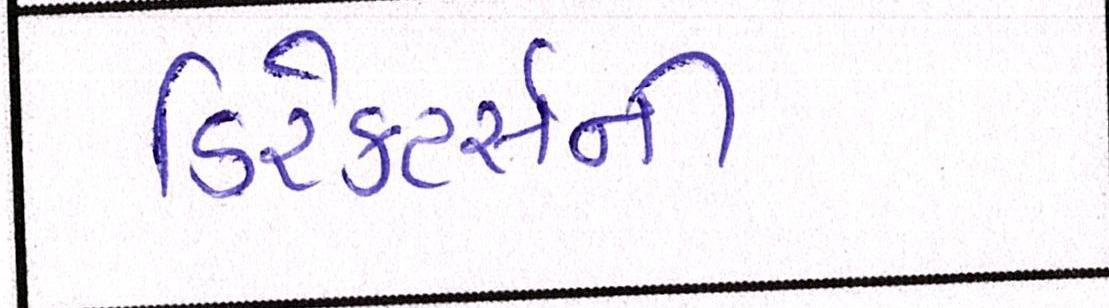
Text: ડિરેક્ટર્સની